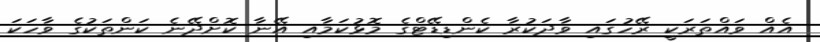
އެއް ވައްތަރަކީ ރޭހުގައި ވާދަކުރާ ކެންޑިޑޭޓްގެ މޮޅުކަމާއި އޭނާ ކޮށްދޭނެ ކަންތަކުގެ ވާހަކަ